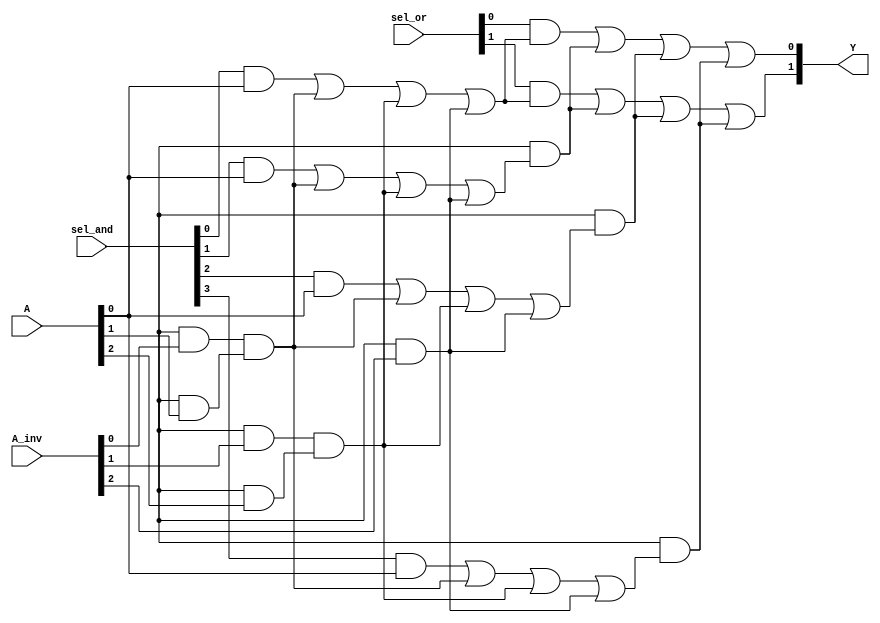
module PLA (
    input wire [N-1:0] A,       // Input lines (A, B, C, etc.)
    input wire [N-1:0] A_inv,   // Inverted inputs
    input wire [M-1:0] sel_and,  // Select lines for AND gates
    input wire [P-1:0] sel_or,   // Select lines for OR gates
    output wire [O-1:0] Y        // Output lines (Y1, Y2, etc.)
);

// Parameters
parameter N = 3; // Number of inputs
parameter M = 4; // Number of AND gates
parameter P = 2; // Number of OR gates
parameter O = 2; // Number of outputs

// Internal signals for product terms
wire [M-1:0] P_terms; // Product terms from AND gates

// AND gate array
generate
    genvar i, j;
    for (i = 0; i < M; i = i + 1) begin : and_gate
        assign P_terms[i] = (sel_and[i] & A[0]) | (sel_and[i + M] & A_inv[0]) & // Example for 1st input
                            (sel_and[i + 2*M] & A[1]) | (sel_and[i + 3*M] & A_inv[1]) & // Example for 2nd input
                            (sel_and[i + 4*M] & A[2]) | (sel_and[i + 5*M] & A_inv[2]); // Example for 3rd input
    end
endgenerate

// OR gate array
generate
    for (j = 0; j < O; j = j + 1) begin : or_gate
        assign Y[j] = (sel_or[j] & P_terms[0]) | (sel_or[j + O] & P_terms[1]) | // Example for OR gate 1
                      (sel_or[j + 2*O] & P_terms[2]) | (sel_or[j + 3*O] & P_terms[3]); // Example for OR gate 2
    end
endgenerate

endmodule